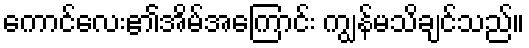
ကောင်လေး၏အိမ်အကြောင်း ကျွန်မသိချင်သည်။